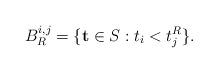
LaTeX: \begin{align*} B_R^{i, j} &= \{ \mathbf{t} \in S_{} : t_i < t_j^R \}. \end{align*}